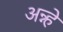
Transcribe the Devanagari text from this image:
अन्न्हे